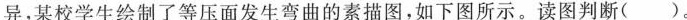
异，某校学生绘制了等压面发生弯曲的素描图，如下图所示。读图判断( ).